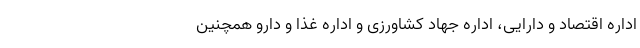
اداره اقتصاد و دارایی، اداره جهاد کشاورزی و اداره غذا و دارو همچنین